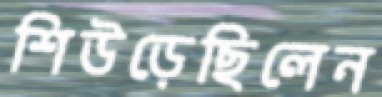
শিউড়েছিলেন